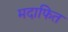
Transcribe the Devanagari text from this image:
मदाफित